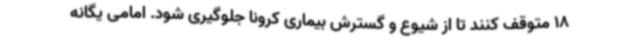
18 متوقف کنند تا از شیوع و گسترش بیماری کرونا جلوگیری شود. امامی یگانه